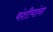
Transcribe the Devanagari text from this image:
वंशीयांना